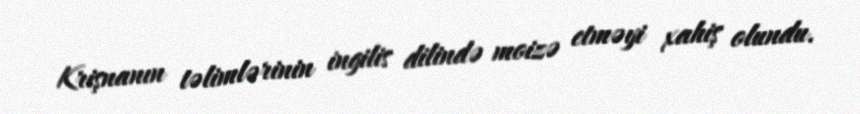
Krişnanın təlimlərinin ingilis dilində moizə etməyi xahiş olundu.